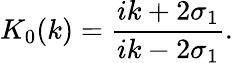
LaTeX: K_{0}(k)=\frac{ik+2\sigma_{1}}{ik-2\sigma_{1}}.